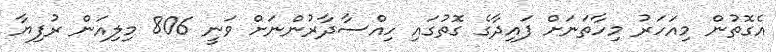
އެގޮތުން މިއަހަރު މިހާތަނަށް ފައިދާގެ ގޮތުގައި ހިއްސާދާރުންނަށް ވަނީ 806 މިލިއަން ރުފިޔާ